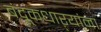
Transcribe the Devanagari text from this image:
बंदूकधाऱ्यांना